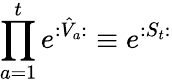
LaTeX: \prod_{a=1}^{t}e^{:\hat{V}_{a}:}\equiv e^{:S_{t}:}